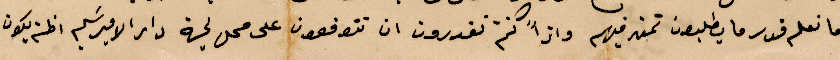
وما نعلم قدر ما يطلبون تمن فيهم واذًا كنتم تقدرون ان تتوفقون على محل لجهة دار الأمير سعيد اظن يكون